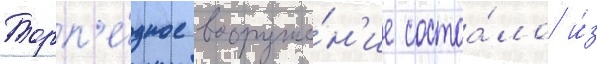
Торп'е́дное вооруже́н'ие состоа́ло и́з